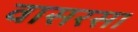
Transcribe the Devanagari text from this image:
वासरसा